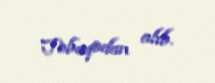
Tobaqodan alıb.